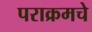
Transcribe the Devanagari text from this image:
पराक्रमचे